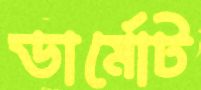
ডার্মোট